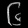
Digit: ၆